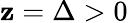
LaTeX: \mathbf{z}=\Delta>0